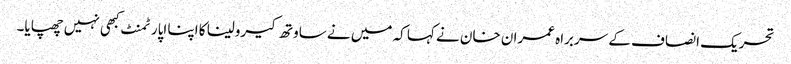
تحریک انصاف کے سربراہ عمران خان نے کہا کہ میں نے ساوتھ کیرولینا کا اپنا اپارٹمنٹ کبھی نہیں چھپایا۔